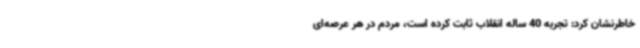
خاطرنشان کرد: تجربه 40 ساله انقلاب ثابت کرده است، مردم در هر عرصه‌ای